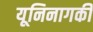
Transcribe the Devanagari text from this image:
यूनिनागकी